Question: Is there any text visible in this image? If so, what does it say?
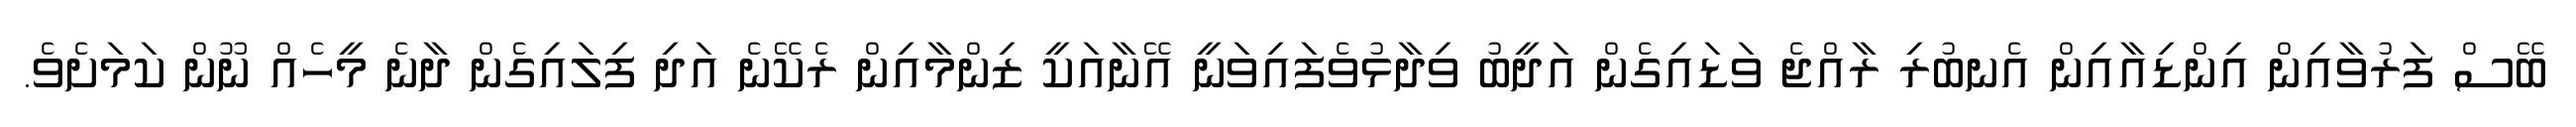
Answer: ބޭސް ފަރުވާއިން އިންޑިއާއިން އެނބުރި ރާއްޖެ ވަޑައިގެން އަދީބު ވިދާޅުވެފައިވަނީ އޭނާއަކީ ޒިންމާއިން ރެކޭނެ އަދި ފިލައިގެން ދާނެ މީހެއް ނޫން ކަމަށެވެ.